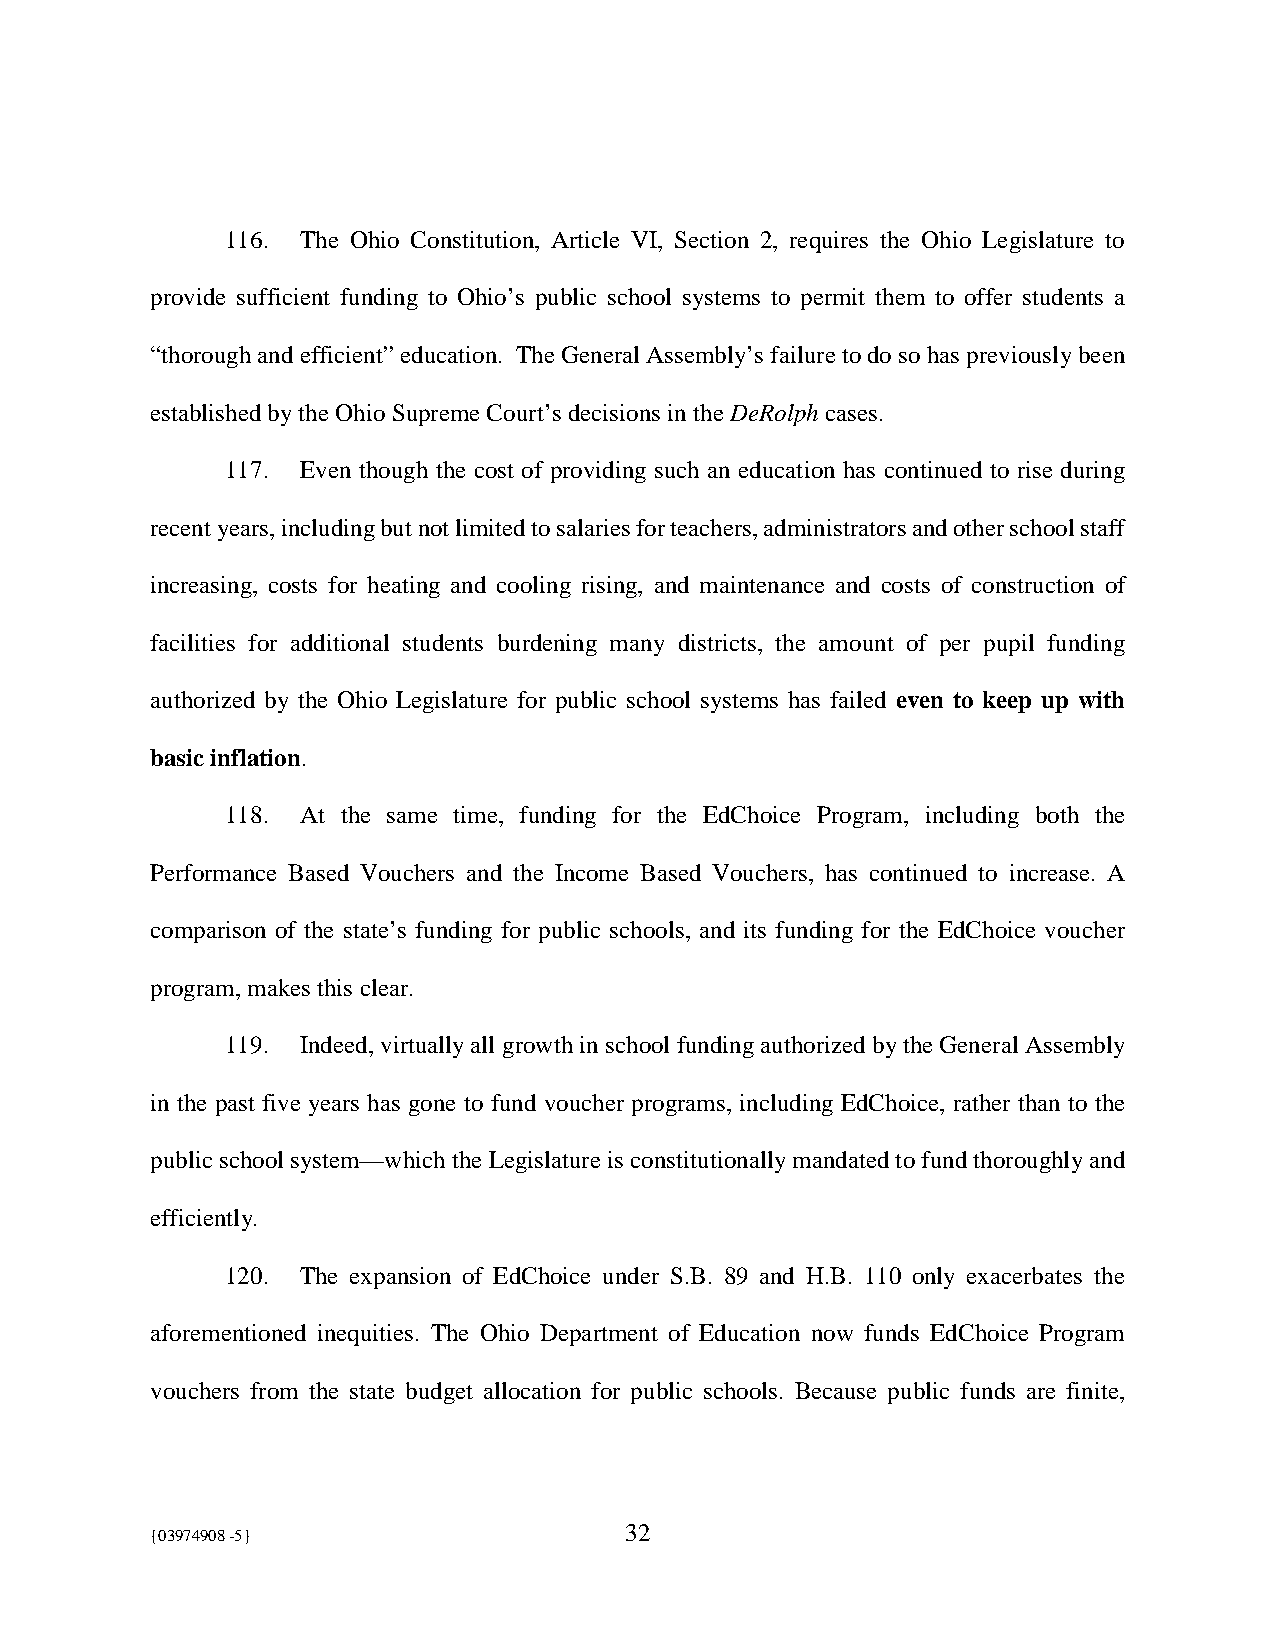
116. The Ohio Constitution, Article VI, Section 2, requires the Ohio Legislature to
 provide sufficient funding to Ohio’s public school systems to permit them to offer students a
 “thorough and efficient” education. The General Assembly’s failure to do so has previously been
 established by the Ohio Supreme Court’s decisions in the DeRolph cases.
 117. Even though the cost of providing such an education has continued to rise during
 recent years, including but not limited to salaries for teachers, administrators and other school staff
 increasing, costs for heating and cooling rising, and maintenance and costs of construction of
 facilities for additional students burdening many districts, the amount of per pupil funding
 authorized by the Ohio Legislature for public school systems has failed even to keep up with
 basic inflation.
 118. At the same time, funding for the EdChoice Program, including both the
 Performance Based Vouchers and the Income Based Vouchers, has continued to increase. A
 comparison of the state’s funding for public schools, and its funding for the EdChoice voucher
 program, makes this clear.
 119. Indeed, virtually all growth in school funding authorized by the General Assembly
 in the past five years has gone to fund voucher programs, including EdChoice, rather than to the
 public school system—which the Legislature is constitutionally mandated to fund thoroughly and
 efficiently.
 120. The expansion of EdChoice under S.B. 89 and H.B. 110 only exacerbates the
 aforementioned inequities. The Ohio Department of Education now funds EdChoice Program
 vouchers from the state budget allocation for public schools. Because public funds are finite,
 {03974908 -5}                  32